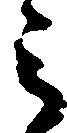
被